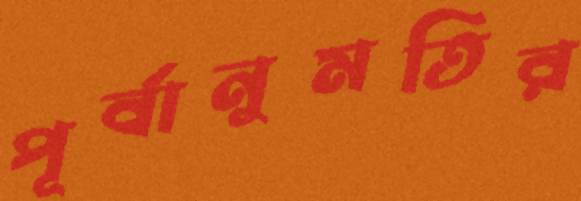
পূর্বানুমতির